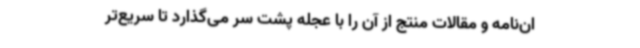
ان‌نامه و مقالات منتج از آن را با عجله پشت سر می‌گذارد تا سریع‌تر